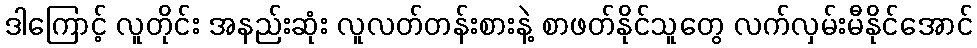
ဒါကြောင့် လူတိုင်း အနည်းဆုံး လူလတ်တန်းစားနဲ့ စာဖတ်နိုင်သူတွေ လက်လှမ်းမီနိုင်အောင်